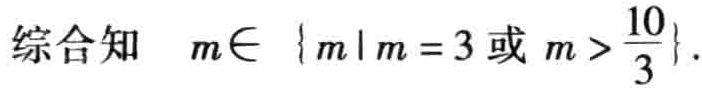
综合知 \(m\in \{m\mid m = 3\text{ 或 }m > \frac{10}{3}\}\).